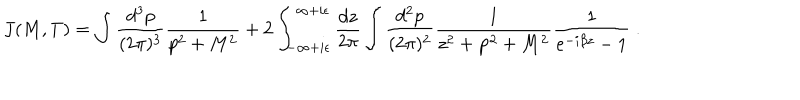
LaTeX: J ( M , T ) = \int \frac { d ^ { 3 } p } { ( 2 \pi ) ^ { 3 } } \frac { 1 } { p ^ { 2 } + M ^ { 2 } } + 2 \int _ { - \infty + i \epsilon } ^ { \infty + i \epsilon } \frac { d z } { 2 \pi } \int \frac { d ^ { 2 } p } { ( 2 \pi ) ^ { 2 } } \frac { 1 } { z ^ { 2 } + { \bf p } ^ { 2 } + M ^ { 2 } } \frac { 1 } { e ^ { - i \beta z } - 1 } \; .